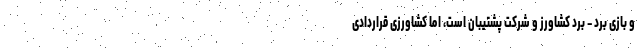
و بازی بُرد – بُرد کشاورز و شرکت پشتیبان است، اما کشاورزی قراردادی